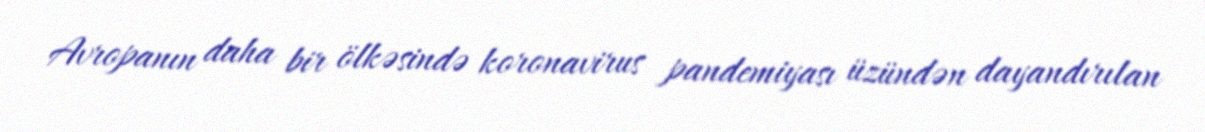
Avropanın daha bir ölkəsində koronavirus pandemiyası üzündən dayandırılan